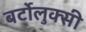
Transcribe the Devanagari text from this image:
बर्टोलुक्सी